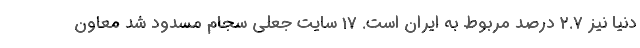
دنیا نیز ۲.۷ درصد مربوط به ایران است. 17 سایت جعلی سجام مسدود شد معاون